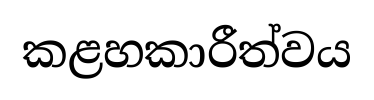
කළහකාරීත්වය